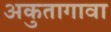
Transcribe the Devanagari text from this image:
अकुतागावा